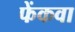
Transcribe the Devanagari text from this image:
फेंकवा